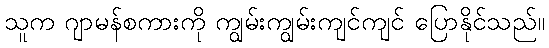
သူက ဂျာမန်စကားကို ကျွမ်းကျွမ်းကျင်ကျင် ပြောနိုင်သည်။